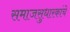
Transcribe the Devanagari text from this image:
समाजसुधारकांचे